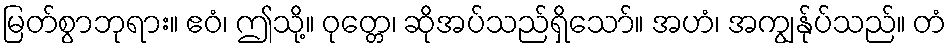
မြတ်စွာဘုရား။ ဧဝံ၊ ဤသို့။ ဝုတ္တေ၊ ဆိုအပ်သည်ရှိသော်။ အဟံ၊ အကျွန်ုပ်သည်။ တံ